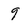
Character: 9